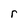
Character: r